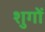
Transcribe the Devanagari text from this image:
शुगों